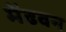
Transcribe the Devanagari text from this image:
मेंढवन